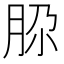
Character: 𰮚